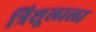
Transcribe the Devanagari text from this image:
त्रिशूलाला